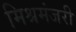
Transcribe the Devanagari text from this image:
मिश्रमंजरी